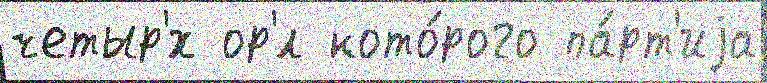
четыр'́х ор'́л кото́рого па́рт'иjа